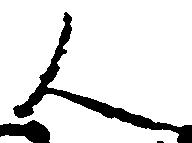
人